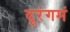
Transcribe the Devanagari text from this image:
दूरंगमं